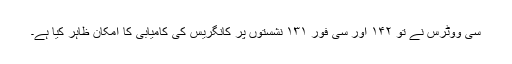
سی ووٹرس نے تو ۱۴۲ اور سی فور ۱۳۱ نشستوں پر کانگریس کی کامیابی کا امکان ظاہر کیا ہے۔